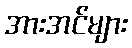
အားအင်များ